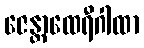
ဇေန္တာထေရီဂါထာ